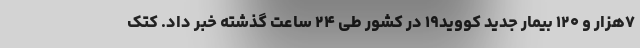
۷هزار و ۱۲۰ بیمار جدید کووید۱۹ در کشور طی ۲۴ ساعت گذشته خبر داد. کتک